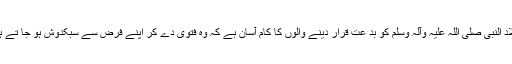
میلاد النبی صلی اللہ علیہ وآلہ وسلم کو بد عت قرار دینے والوں کا کام آسان ہے کہ وہ فتویٰ دے کر اپنے فرض سے سبکدوش ہو جا تے ہیں۔